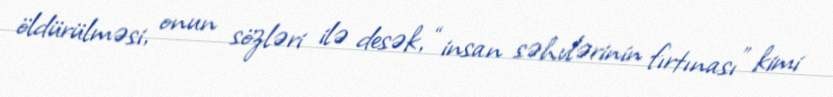
öldürülməsi, onun sözləri ilə desək, “insan səhvlərinin fırtınası” kimi